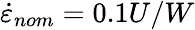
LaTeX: \dot{\varepsilon}_{nom}=0.1U/W